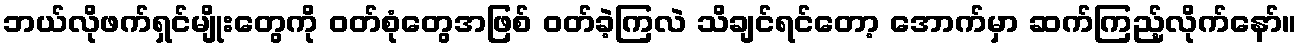
ဘယ်လိုဖက်ရှင်မျိုးတွေကို ဝတ်စုံတွေအဖြစ် ဝတ်ခဲ့ကြလဲ သိချင်ရင်တော့ အောက်မှာ ဆက်ကြည့်လိုက်နော်။